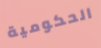
الحكومية